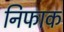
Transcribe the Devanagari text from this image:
निफाक